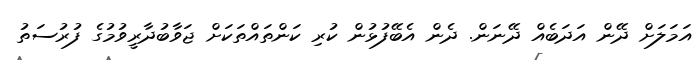
އަމަލަށް ދޭން އަދަބެއް ދޭނަން. ދެން އެބޭފުޅުން ކުރި ކަންތައްތަކަށް ޖަވާބުދާރީވުމުގެ ފުރުސަތު